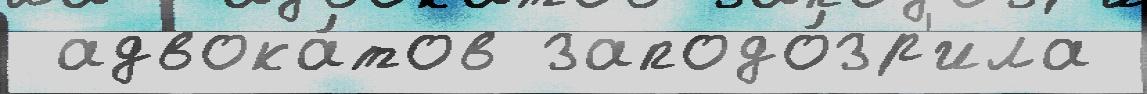
 адвока́тов заподо́зр'ила